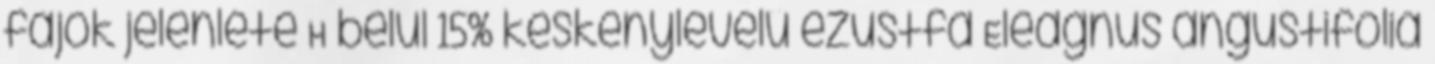
fajok jelenléte H belül 15% keskenylevelű ezüstfa Eleagnus angustifolia